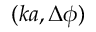
( k a , \Delta \phi )